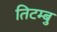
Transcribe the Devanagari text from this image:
तिटम्बु